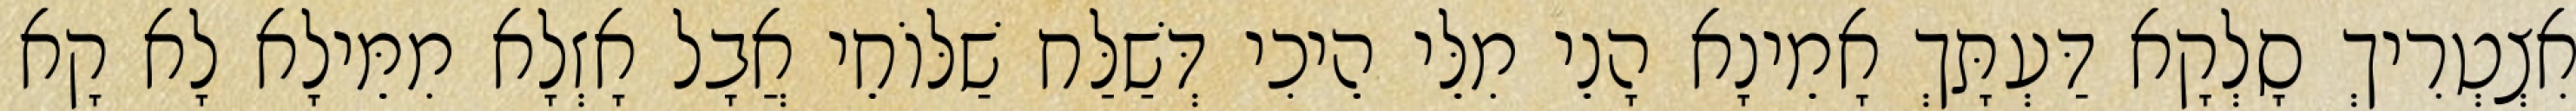
אִצְטְרִיךְ סָלְקָא דַּעְתָּךְ אָמֵינָא הָנֵי מִלֵּי הֵיכִי דְּשַׁלַּח שַׁלּוֹחֵי אֲבָל אָזְלָא מִמֵּילָא לָא קָא